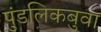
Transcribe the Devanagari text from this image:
पुंडलिकबुवा